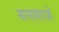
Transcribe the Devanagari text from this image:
नानाशास्त्रों